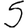
Digit: 5